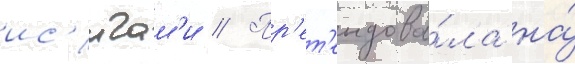
ис'игам'и // Пр'ет'ендова́ла на́